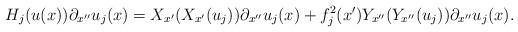
LaTeX: \begin{align*}H_j(u(x)) \partial_{x''}u_j(x) = X_{x'}(X_{x'}(u_j)) \partial_{x''}u_j(x) + f_j^2(x') Y_{x''}(Y_{x''}(u_j))\partial_{x''}u_j(x).\end{align*}